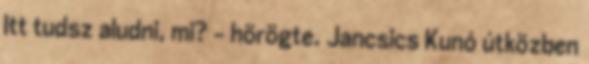
Itt tudsz aludni, mi? – hörögte. Jancsics Kunó útközben